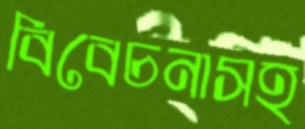
বিবেচনাসহ